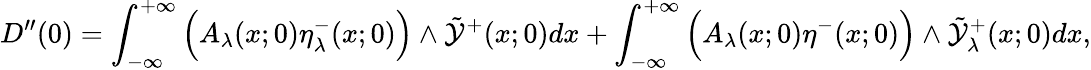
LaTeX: D^{\prime\prime}(0)=\int_{-\infty}^{+\infty}\Big(A_{\lambda}(x;0)\eta_{\lambda}^{-}(x;0)\Big)\wedge\tilde{\mathcal{Y}}^{+}(x;0)dx+\int_{-\infty}^{+\infty}\Big(A_{\lambda}(x;0)\eta^{-}(x;0)\Big)\wedge\tilde{\mathcal{Y}}_{\lambda}^{+}(x;0)dx,